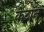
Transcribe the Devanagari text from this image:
केटॉन